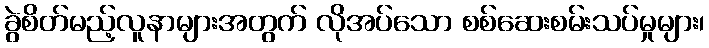
ခွဲစိတ်မည့်လူနာများအတွက် လိုအပ်သော စစ်ဆေးစမ်းသပ်မှုများ၊